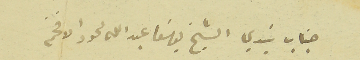
جناب سَيدي الشيخ يوسَف عبدااله لحود الافخم